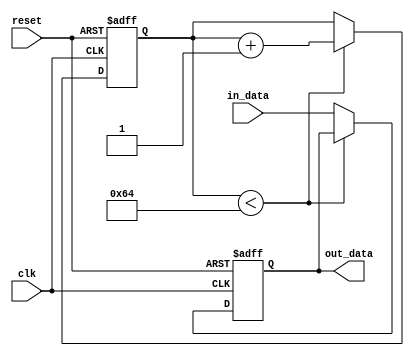
module rc_delay (
  input wire clk, // clock signal
  input wire reset, // reset signal
  input wire in_data, // input data signal
  output reg out_data // output data signal
);

  // Define parameters for delay calculation
  parameter RC_DELAY = 100; // RC delay in nanoseconds

  reg [7:0] counter; // counter to track delay

  always @ (posedge clk or posedge reset) begin
    if (reset) begin
      counter <= 0;
      out_data <= 0;
    end else begin
      if (counter < RC_DELAY) begin
        counter <= counter + 1;
      end else begin
        out_data <= in_data;
      end
    end
  end

endmodule